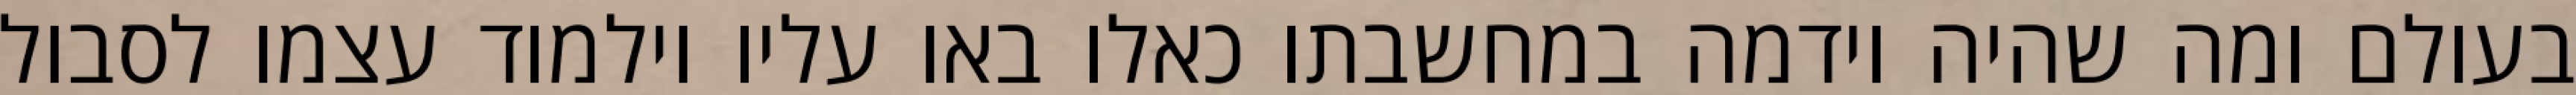
בעולם ומה שהיה וידמה במחשבתו כאלו באו עליו וילמוד עצמו לסבול